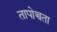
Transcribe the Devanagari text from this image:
तापोच्चता